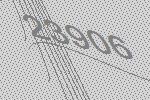
23906